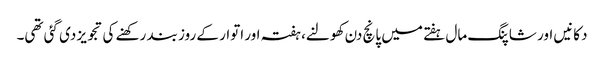
دکانیں اور شاپنگ مال ہفتے میں پانچ دن کھولنے، ہفتہ اور اتوار کے روز بند رکھنے کی تجویز دی گئی تھی۔